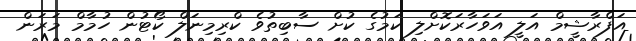
އަފްރާޝީމް އަލީ އަވަހާރަކޮށްލި ކަމުގެ ކުށް ސާބިތުވެ ކްރިމިނަލް ކޯޓުން ހުމާމް މަރަން